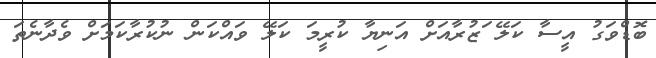
ބޮޑްވަގު އީސާ ކަލޭ ަޒުރާއަށް އަނިޔާ ކުރީމަ ކަލޭ ވައްކަން ނުކުރާކަމަށް ވެދާނެތަ